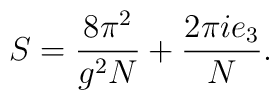
S = \frac {8 \pi^2}{g^2 N} + \frac {2 \pi i e_3}{N}.